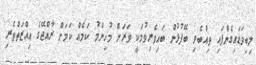
ލިބިވަޑައިގެންފައި ތިއްބެވި ބޭފުޅުން ބައިވެރިވުމަކީ ވަރަށް މުހިންމު ކަމެއް ކަމަށް ރާއްޖޭގެ ޢިއްޒަތްތެރި